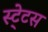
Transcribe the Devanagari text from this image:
स्‍टे्टस